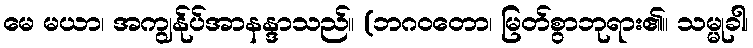
မေ မယာ၊ အကျွန်ုပ်အာနန္ဒာသည်။ (ဘဂဝတော၊ မြတ်စွာဘုရား၏။ သမ္မုခါ၊